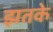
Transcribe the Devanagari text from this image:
झतके